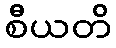
စီယတိ